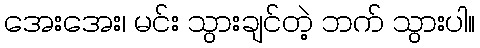
အေးအေး၊ မင်း သွားချင်တဲ့ ဘက် သွားပါ။